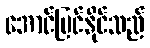
အောင်မြင်နိုင်သည်